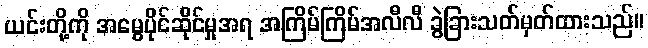
ယင်းတို့ကို အမွေပိုင်ဆိုင်မှုအရ အကြိမ်ကြိမ်အလီလီ ခွဲခြားသတ်မှတ်ထားသည်။